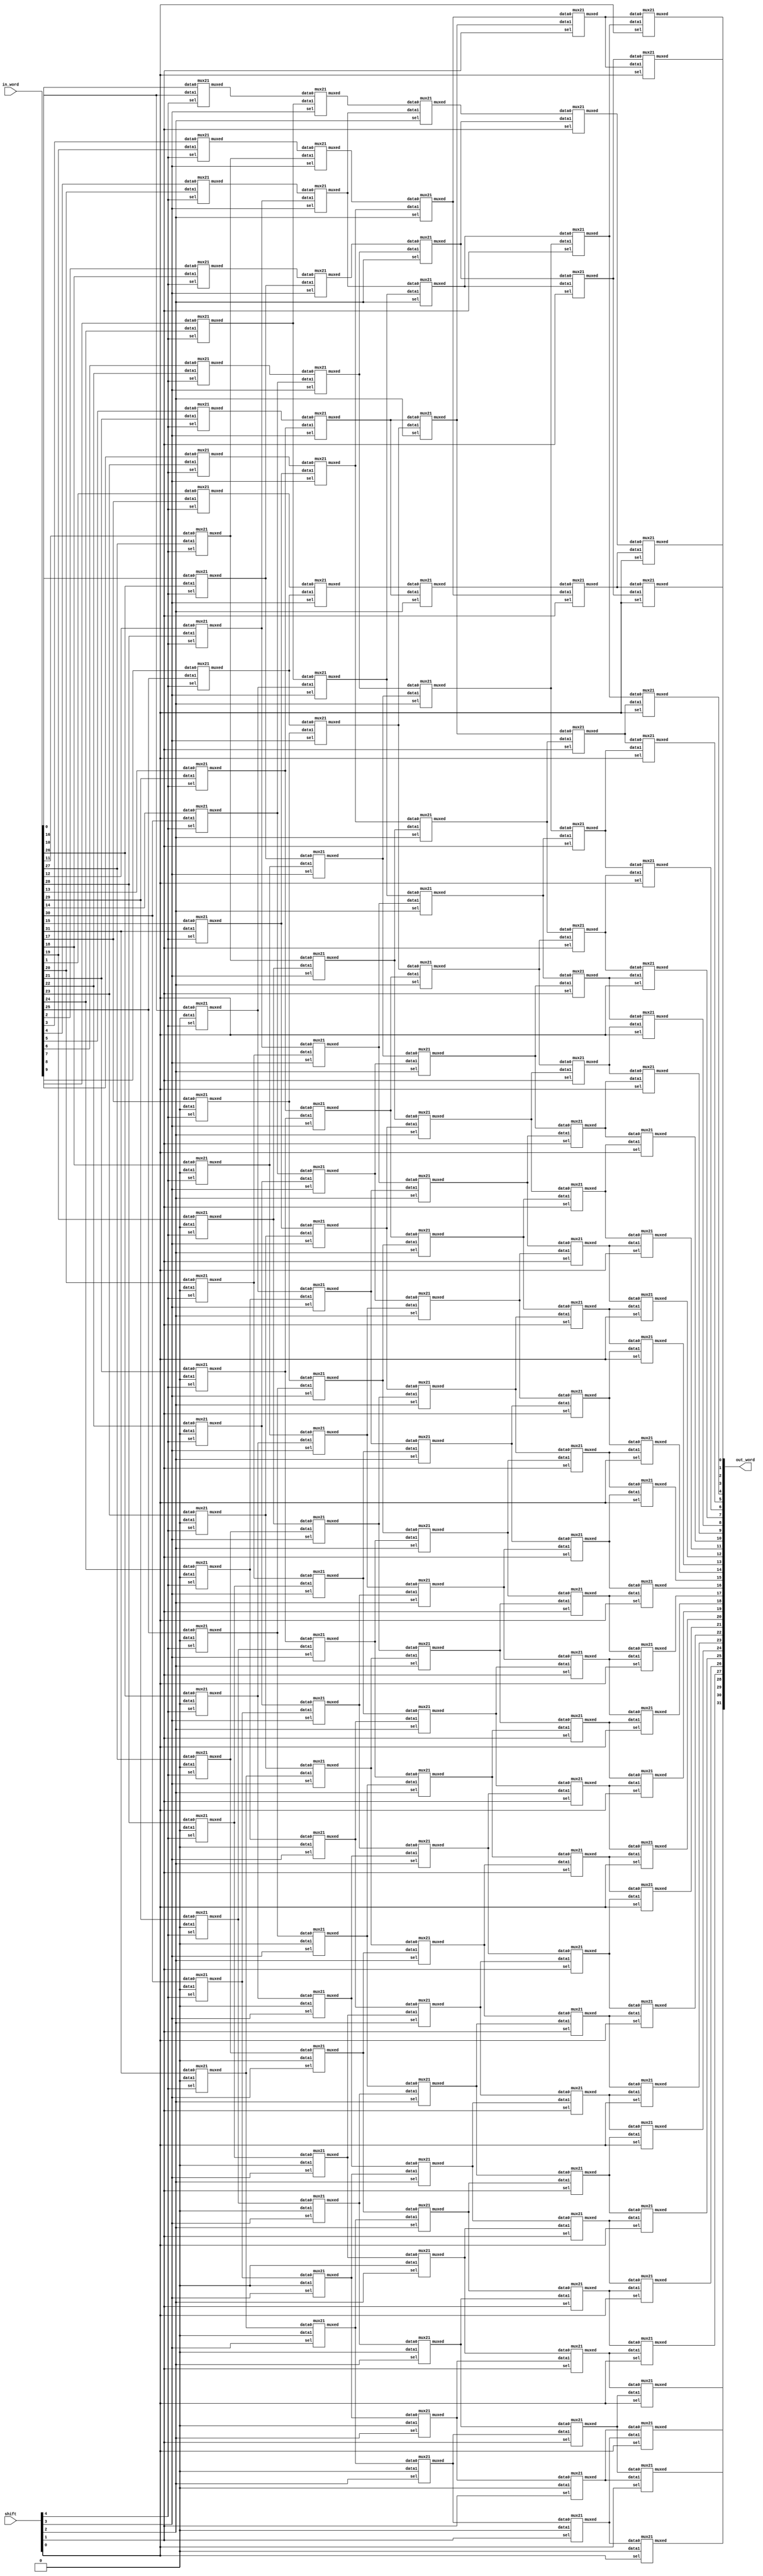
`timescale 1ns / 1ps
//////////////////////////////////////////////////////////////////////////////////
// // Engineer: AJay
// 
// Design Name:    Behavioural Design
// Module Name:    barrel_shift_32 
// Project Name:   Combinational Circuits
// Target Devices: FPGA/ASIC Both
// Tool versions: 
// Description: 
// Additional Comments: Performs Left Shift Operation 
//
//////////////////////////////////////////////////////////////////////////////////
module barrel_shift_32(
										
    input [31:0] in_word,
    input [4:0] shift,
    output [31:0] out_word
    );

wire [47:0] a;
wire [39:0] intr0;
wire [35:0] intr1;
wire [33:0] intr2;
wire [32:0] intr3;

assign a = {16'h0000,in_word};
assign intr0[39:32] = 8'h00  ;
assign intr1[35:32] = 4'h0   ;
assign intr2[33:32] = 2'b00  ;
assign intr3[32] = 1'b0      ;

genvar i;

generate 
for (i=0; i< 32; i=i+1) begin : stage1
mux21 m1 (a[i+16],a[i],shift[4],intr0[i]);
end
endgenerate

generate 
for (i=0; i< 32; i=i+1) begin : stage2
mux21 m2 (intr0[i+8],intr0[i],shift[3],intr1[i]);
end
endgenerate

generate 
for (i=0; i< 32; i=i+1) begin : stage3
mux21 m3 (intr1[i+4],intr1[i],shift[2],intr2[i]);
end
endgenerate

generate 
for (i=0; i< 32; i=i+1) begin : stage4
mux21 m4 (intr2[i+2],intr2[i],shift[1],intr3[i]);
end
endgenerate

generate 
for (i=0; i< 32; i=i+1) begin : stage5
mux21 m5 (intr3[i+1],intr3[i],shift[0],out_word[i]);
end
endgenerate


endmodule


//////////////////////////////////////////////////////////////
// 2:1 Mux used in the shifter
module mux21(
 input data1,data0,sel,
 output muxed);
 
 assign muxed = (sel)?data1:data0;
 
endmodule